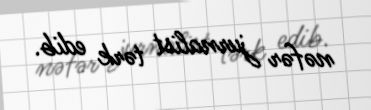
nəfər jurnalist tərk edib.